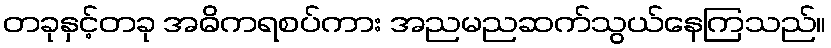
တခုနှင့်တခု အဓိကရစပ်ကား အညမညဆက်သွယ်နေကြသည်။